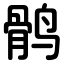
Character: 鹘